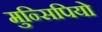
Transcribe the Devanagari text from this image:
मुन्सिपियो